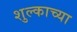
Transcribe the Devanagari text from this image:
शुल्काच्या